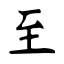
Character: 至